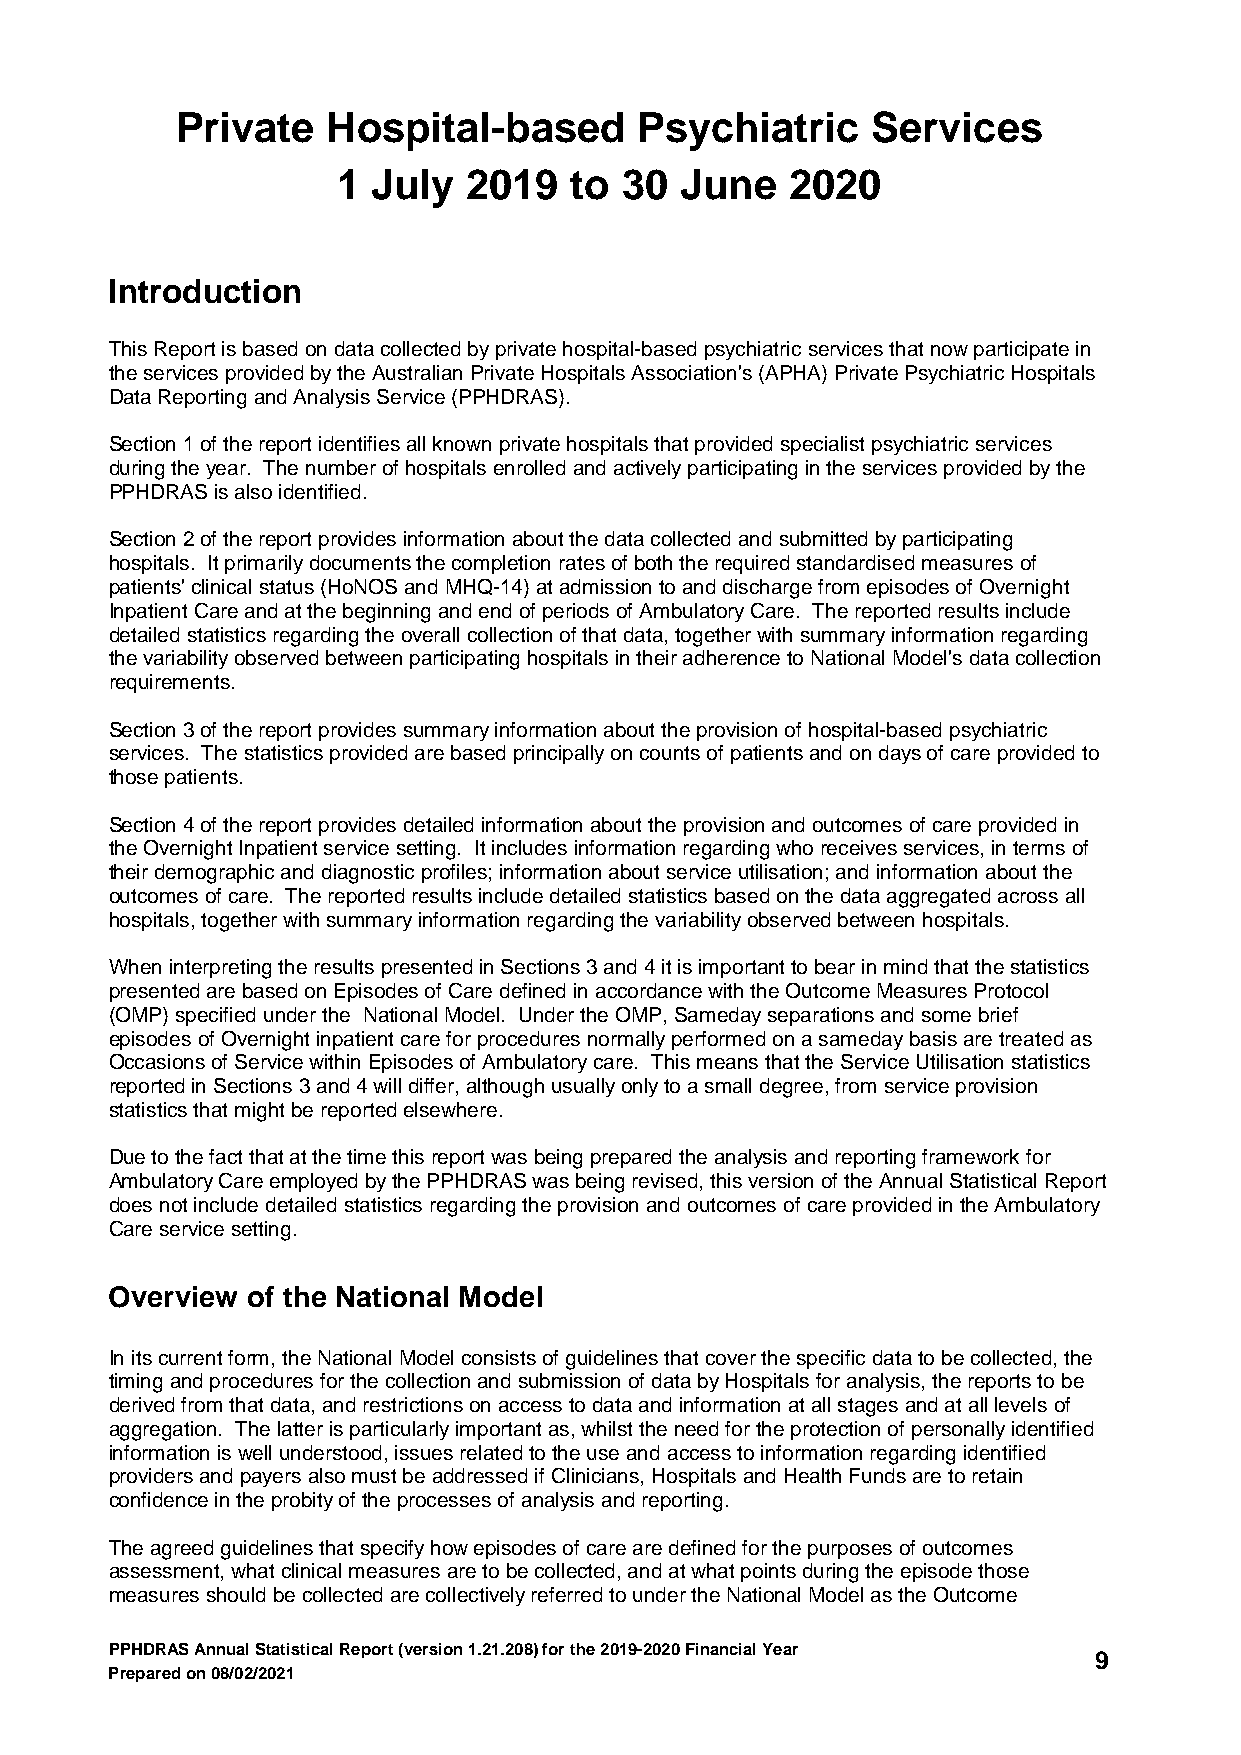
Private   Hospital-based      Psychiatric     Services
 1  July  2019   to 30  June   2020
 Introduction
 This Report is based on data collected by private hospital-based psychiatric services that now participate in
 the services provided by the Australian Private Hospitals Association's (APHA) Private Psychiatric Hospitals
 Data Reporting and Analysis Service (PPHDRAS).
 Section 1 of the report identifies all known private hospitals that provided specialist psychiatric services
 during the year. The number of hospitals enrolled and actively participating in the services provided by the
 PPHDRAS is also identified.
 Section 2 of the report provides information about the data collected and submitted by participating
 hospitals. It primarily documents the completion rates of both the required standardised measures of
 patients' clinical status (HoNOS and MHQ-14) at admission to and discharge from episodes of Overnight
 Inpatient Care and at the beginning and end of periods of Ambulatory Care. The reported results include
 detailed statistics regarding the overall collection of that data, together with summary information regarding
 the variability observed between participating hospitals in their adherence to National Model's data collection
 requirements.
 Section 3 of the report provides summary information about the provision of hospital-based psychiatric
 services. The statistics provided are based principally on counts of patients and on days of care provided to
 those patients.
 Section 4 of the report provides detailed information about the provision and outcomes of care provided in
 the Overnight Inpatient service setting. It includes information regarding who receives services, in terms of
 their demographic and diagnostic profiles; information about service utilisation; and information about the
 outcomes of care. The reported results include detailed statistics based on the data aggregated across all
 hospitals, together with summary information regarding the variability observed between hospitals.
 When interpreting the results presented in Sections 3 and 4 it is important to bear in mind that the statistics
 presented are based on Episodes of Care defined in accordance with the Outcome Measures Protocol
 (OMP) specified under the National Model. Under the OMP, Sameday separations and some brief
 episodes of Overnight inpatient care for procedures normally performed on a sameday basis are treated as
 Occasions of Service within Episodes of Ambulatory care. This means that the Service Utilisation statistics
 reported in Sections 3 and 4 will differ, although usually only to a small degree, from service provision
 statistics that might be reported elsewhere.
 Due to the fact that at the time this report was being prepared the analysis and reporting framework for
 Ambulatory Care employed by the PPHDRAS was being revised, this version of the Annual Statistical Report
 does not include detailed statistics regarding the provision and outcomes of care provided in the Ambulatory
 Care service setting.
 Overview of the National Model
 In its current form, the National Model consists of guidelines that cover the specific data to be collected, the
 timing and procedures for the collection and submission of data by Hospitals for analysis, the reports to be
 derived from that data, and restrictions on access to data and information at all stages and at all levels of
 aggregation. The latter is particularly important as, whilst the need for the protection of personally identified
 information is well understood, issues related to the use and access to information regarding identified
 providers and payers also must be addressed if Clinicians, Hospitals and Health Funds are to retain
 confidence in the probity of the processes of analysis and reporting.
 The agreed guidelines that specify how episodes of care are defined for the purposes of outcomes
 assessment, what clinical measures are to be collected, and at what points during the episode those
 measures should be collected are collectively referred to under the National Model as the Outcome
 PPHDRAS Annual Statistical Report (version 1.21.208) for the 2019-2020 Financial Year
 9
 Prepared on 08/02/2021